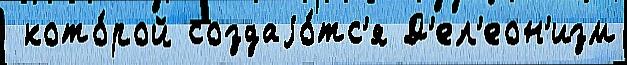
 кото́рой создаjо́тс'я Д'ел'еон'изм